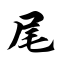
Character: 尾